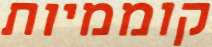
קוממיות